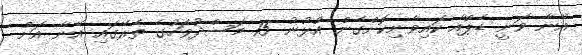
އޭނާ ވަނީ ޑެޕްއާ ކައިވެނިކޮށްގެން އުޅުނު 15 މަސްދުވަހުގެ ތެރޭގައި އޭނާ އަށް